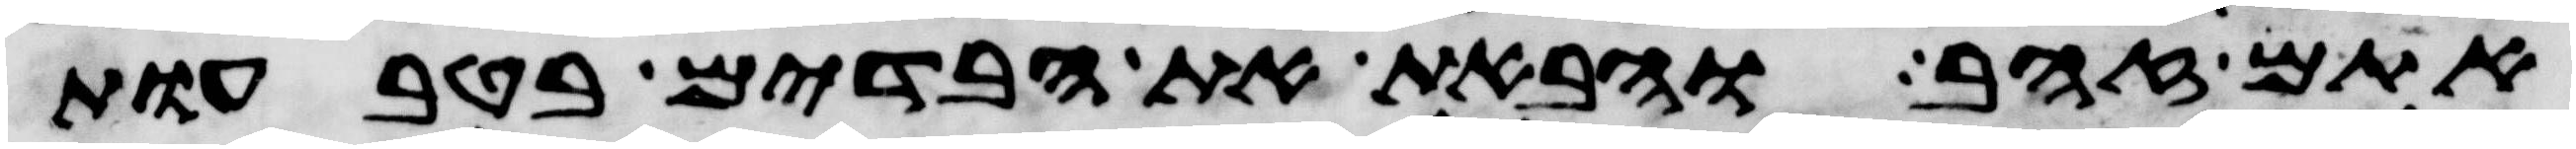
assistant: אתם זהב והבאת את הבדים בטבעות